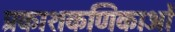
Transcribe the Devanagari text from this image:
प्रकाशकणिकाओं